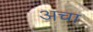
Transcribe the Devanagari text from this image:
अचा